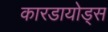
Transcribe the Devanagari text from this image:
कारडायोड्स